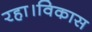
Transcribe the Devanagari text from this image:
रहा।विकास